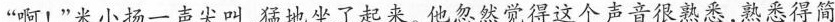
“啊!”米小扬一声尖叫，猛地坐了起来。他忽然觉得这个声音很熟悉，熟悉得简